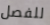
للفصل